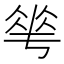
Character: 𬾵